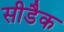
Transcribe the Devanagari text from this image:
सीडैक